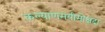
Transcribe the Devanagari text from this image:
कल्याणमयीमोक्षदा